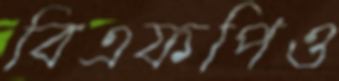
বিএফপিও